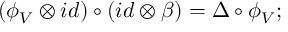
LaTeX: ( \phi _ { V } \otimes i d ) \circ ( i d \otimes \beta ) = \Delta \circ \phi _ { V } ;